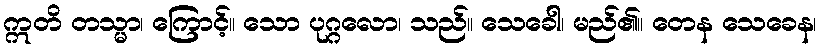
ဣတိ တသ္မာ၊ ကြောင့်။ သော ပုဂ္ဂလော၊ သည်။ သေခေါ၊ မည်၏။ တေန သေခေန၊